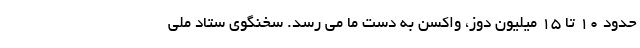
حدود ۱۰ تا ۱۵ میلیون دوز، واکسن به دست ما می رسد. سخنگوی ستاد ملی